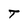
Character: T